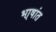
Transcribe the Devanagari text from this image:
भा्षांत